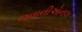
જવાનીએનલ